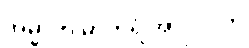
အမ္မာတိ မာတရံ အာလပတိ